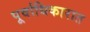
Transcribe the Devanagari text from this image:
पूर्वाधिकारात